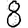
Digit: 8